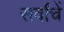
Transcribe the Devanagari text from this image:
सर्वांचें